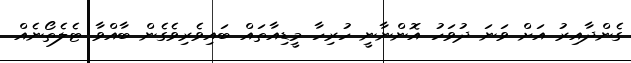
ގެންދާއިރު އަށް ވަނަ ދުވަހު އޮންނާނީ ހުރިހާ މީޑިއާތައް ބައިވެރިވެގެން ބާއްވާ ޓެލެތޯނެއް